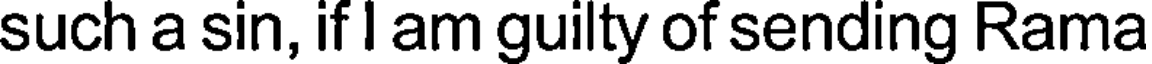
such a sin, if I am guilty of sending Rama